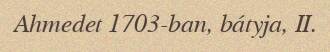
Ahmedet 1703-ban, bátyja, II.